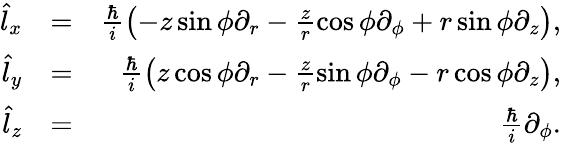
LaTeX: \begin{array}{rlr}{\hat{l}_{x}}&{=}&{\frac{\hbar}{i}\left(-z\sin\phi\partial_{r}-\frac{z}{r}\cos\phi\partial_{\phi}+r\sin\phi\partial_{z}\right),}\\ {\hat{l}_{y}}&{=}&{\frac{\hbar}{i}\left(z\cos\phi\partial_{r}-\frac{z}{r}\sin\phi\partial_{\phi}-r\cos\phi\partial_{z}\right),}\\ {\hat{l}_{z}}&{=}&{\frac{\hbar}{i}\partial_{\phi}.}\end{array}